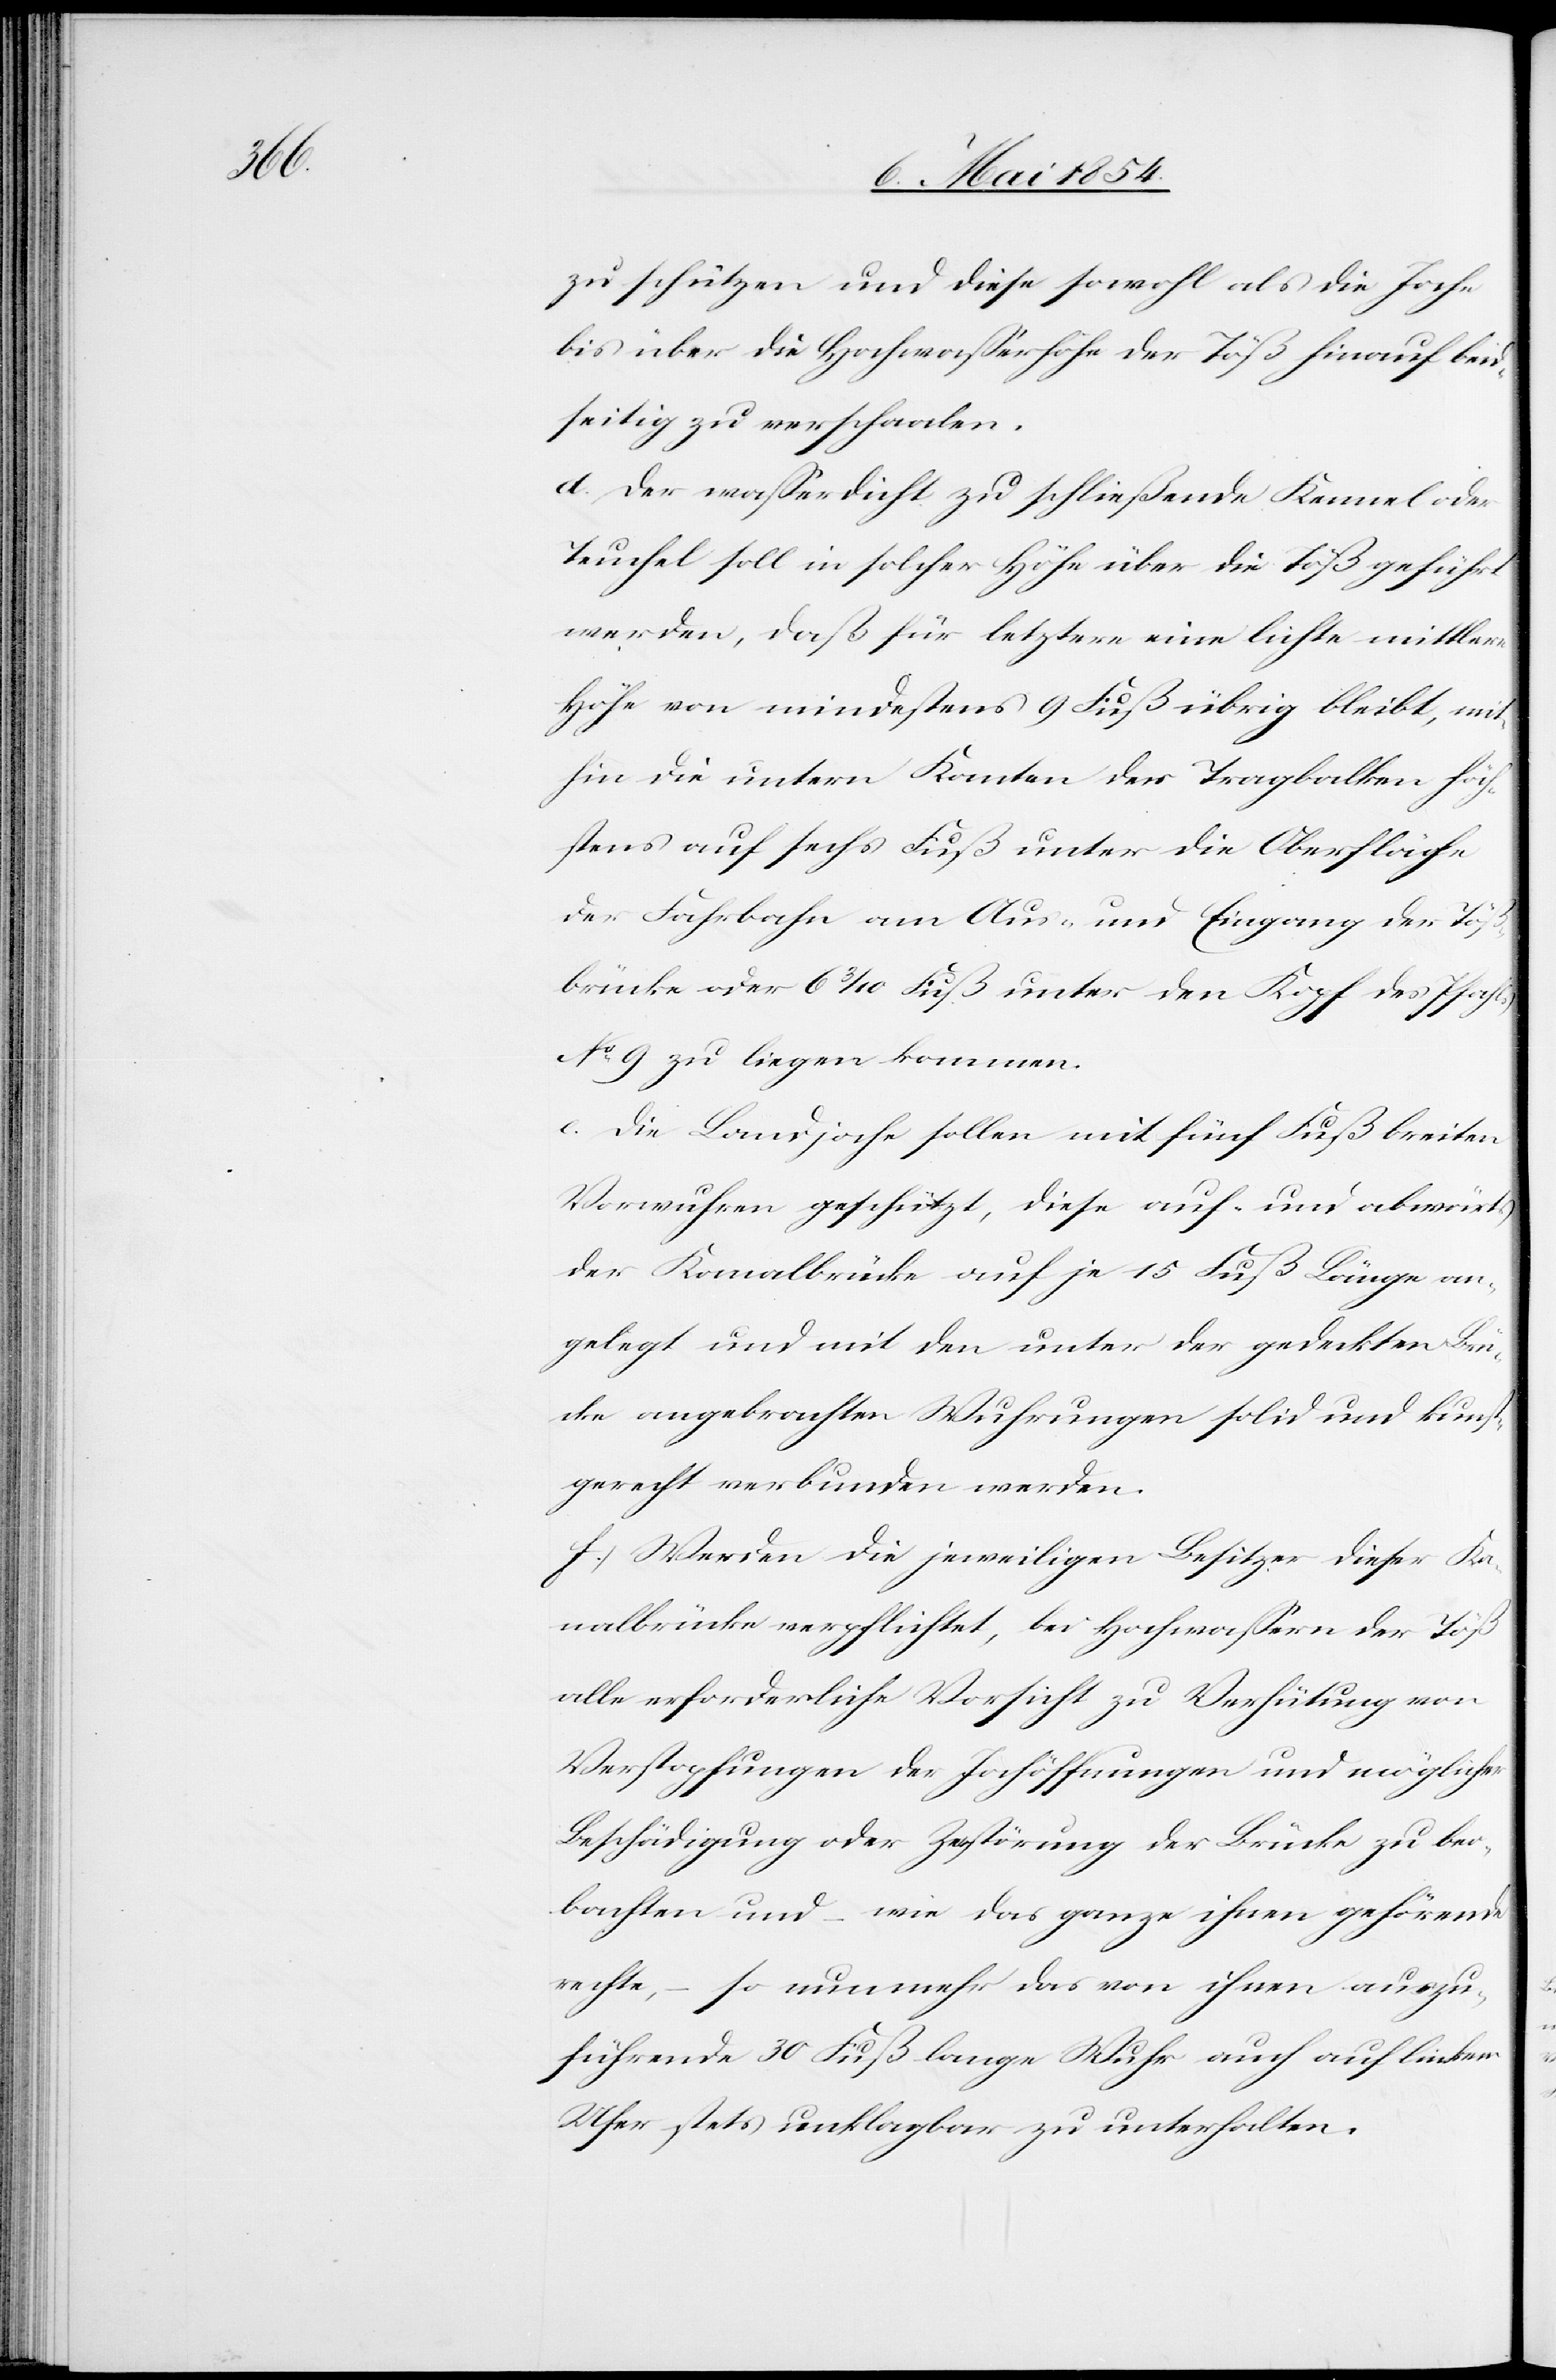
zu schützen und diese sowohl als die Joche
bis über die Hochwaßerhöhe der Töß hinauf beid¬
seitig zu verschaalen.
d. Der waßerdicht zu schließende Kanal oder
Teuchel soll in solcher Höhe über die Töß geführt
werden, daß für letztere eine leichte mittlere
Höhe von mindestens 9 Fuß übrig bleibt, mit¬
hin die untern Kanten der Tragbalken höch¬
stens auf sechs Fuß unter die Oberfläche
der Fahrbahn am Aus- und Eingang der Töß¬
brücke oder 6 3/10 Fuß unter den Kopf des Pfahls
No 9 zu liegen kommen.
e. Die Landjoche sollen mit fünf Fuß breiten
Vorwuhren geschützt, diese auf- und abwärts
der Kanalbrücke auf je 15 Fuß Länge an¬
gelegt und mit den unter der gedeckten Brü¬
cke angebrachten Wuhrungen solid und kunst¬
gerecht verbunden werden.
f. Werden die jeweiligen Besitzer dieser Ka¬
nalbrücke verpflichtet, bei Hochwaßern der Töß
alle erforderliche Vorsicht zu Verhütung von
Verstopfungen der Jochöffnungen und möglicher
Beschädigung oder Zerstörung der Brücke zu beo¬
bachten und – wie das ganze ihnen gehörende
rechte, – so nunmehr das von ihnen auszu¬
führende 30 Fuß lange Wuhr auch auf linkem
Ufer stets unklagbar zu unterhalten.